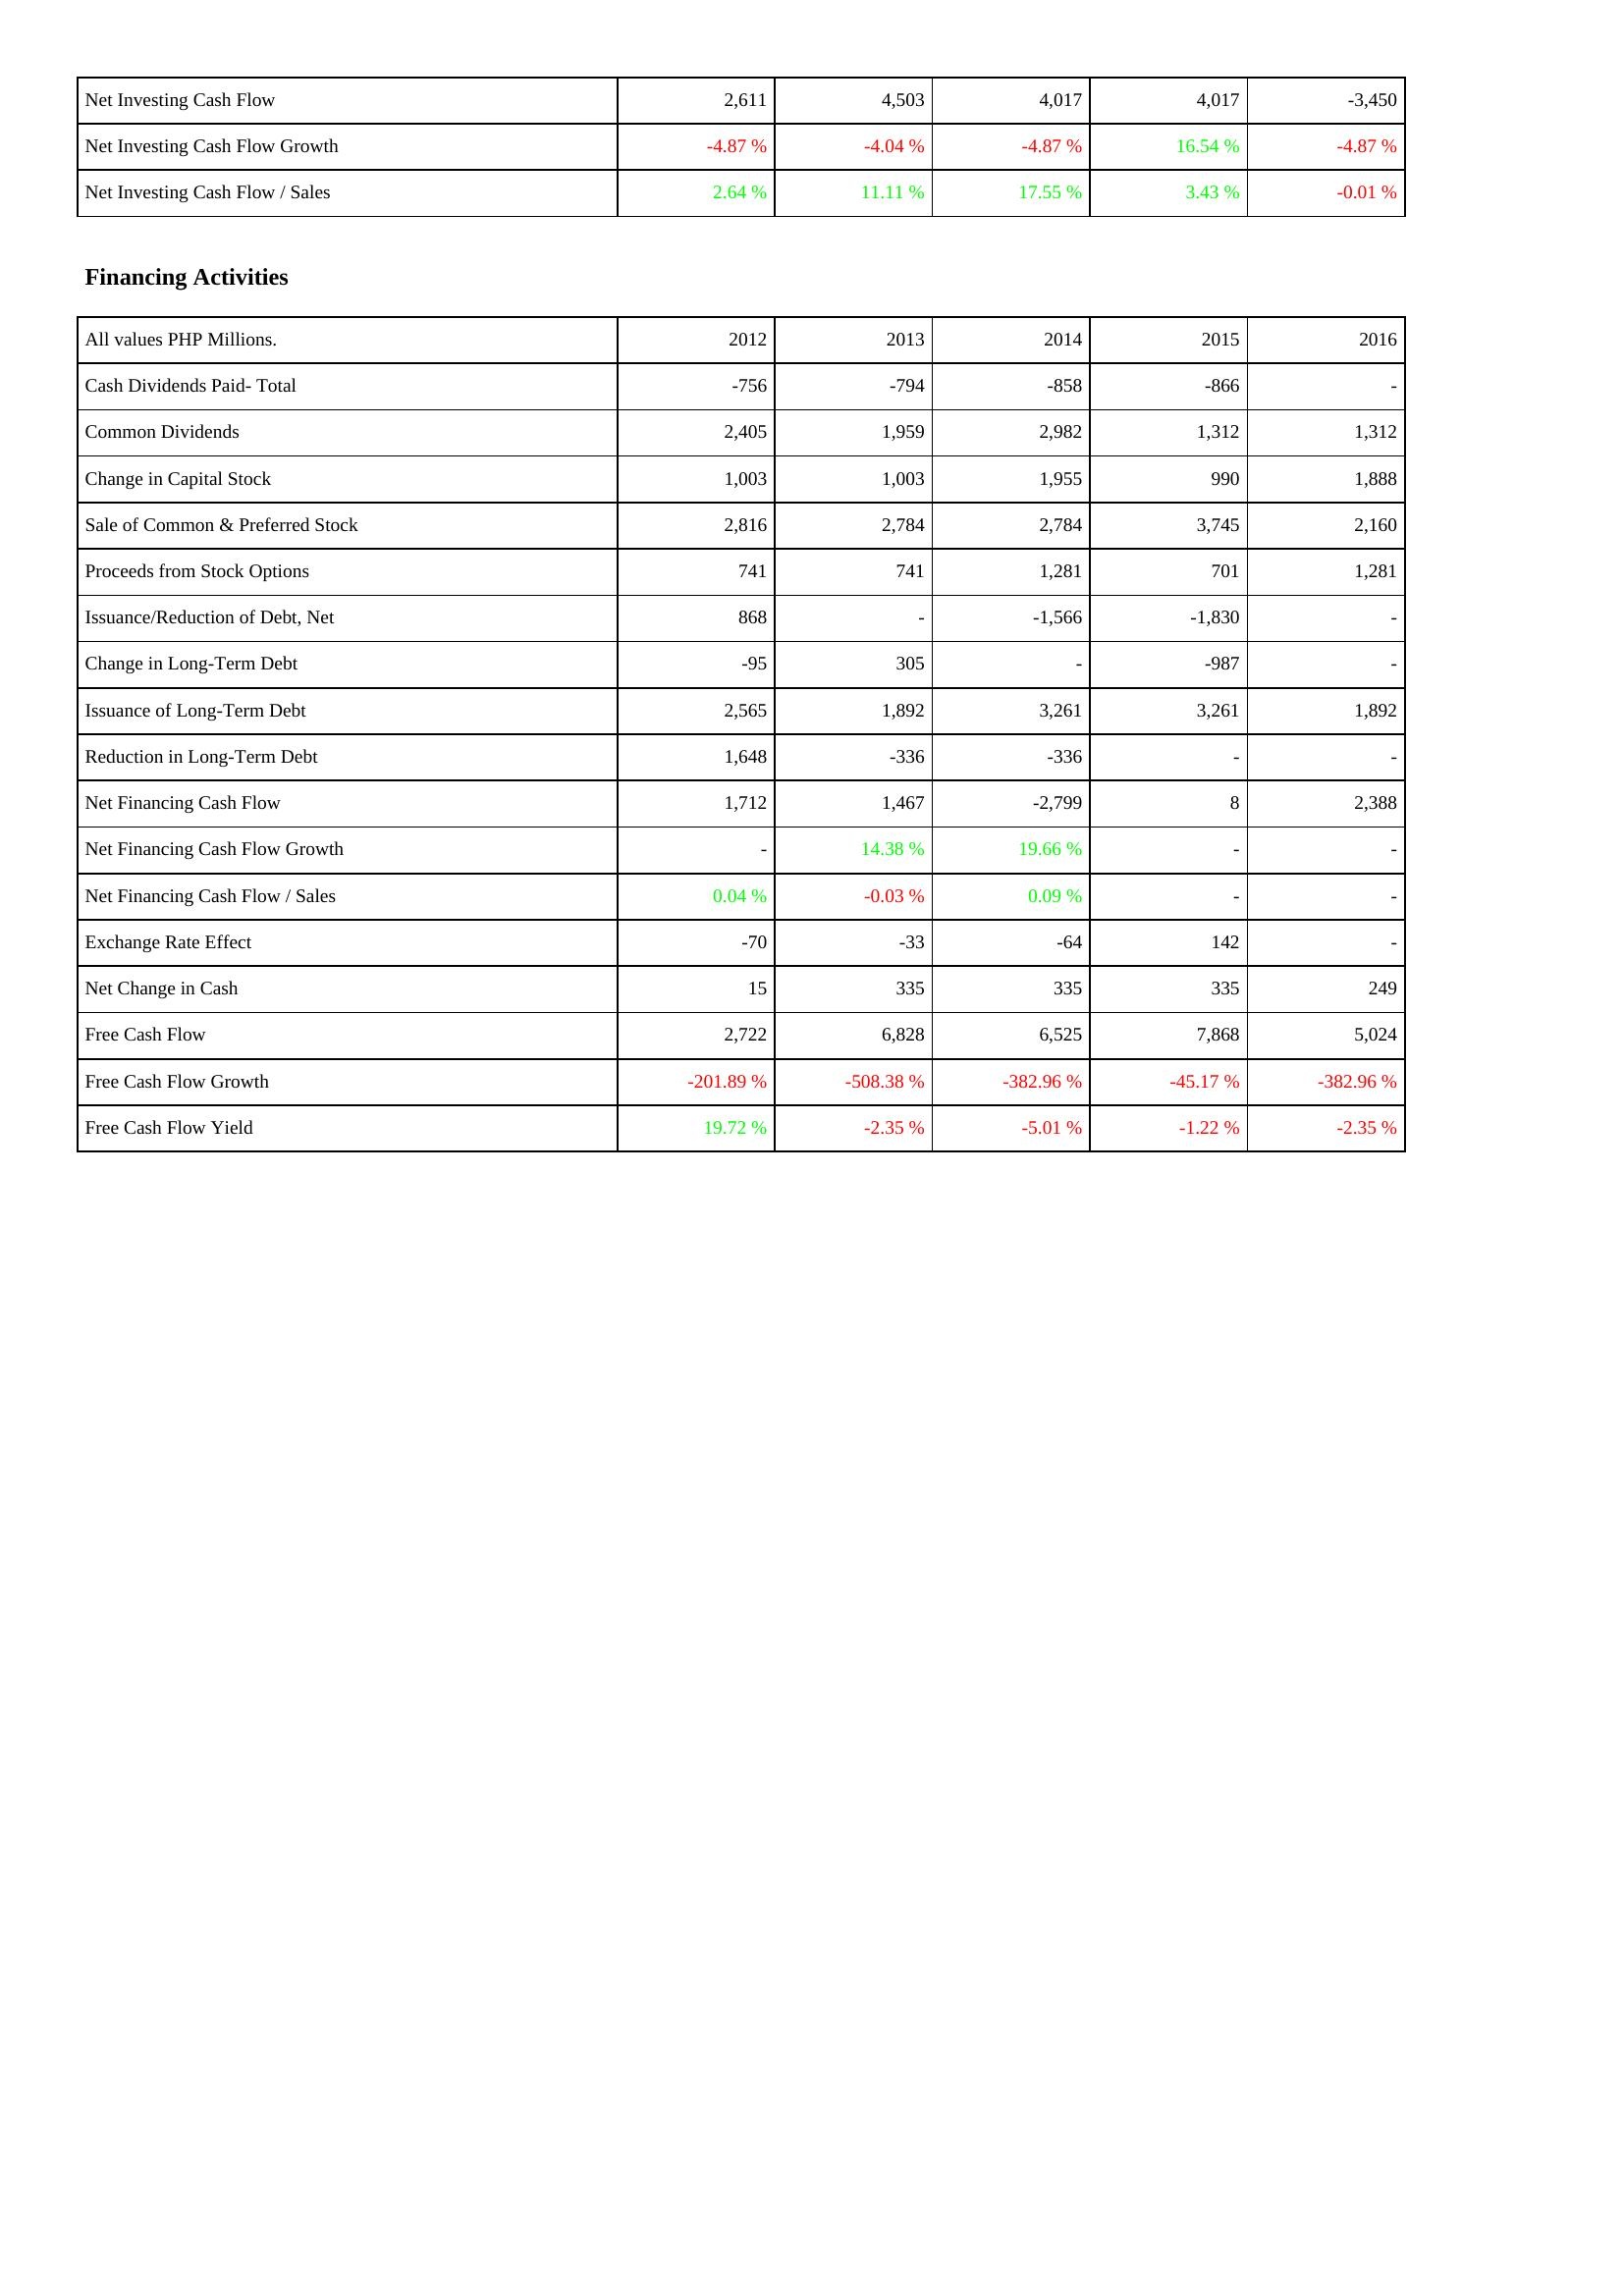
2012: Investing Activities: Net Investing Cash Flow: 2,611
Net Investing Cash Flow Growth: -4.87 %
Net Investing Cash Flow / Sales: 2.64 %
Financing Activities: Cash Dividends Paid- Total: -756
Common Dividends: 2,405
Change in Capital Stock: 1,003
Sale of Common & Preferred Stock: 2,816
Proceeds from Stock Options: 741
Issuance/Reduction of Debt, Net: 868
Change in Long-Term Debt: -95
Issuance of Long-Term Debt: 2,565
Reduction in Long-Term Debt: 1,648
Net Financing Cash Flow: 1,712
Net Financing Cash Flow Growth: -
Net Financing Cash Flow / Sales: 0.04 %
Exchange Rate Effect: -70
Net Change in Cash: 15
Free Cash Flow: 2,722
Free Cash Flow Growth: -201.89 %
Free Cash Flow Yield: 19.72 %
2013: Investing Activities: Net Investing Cash Flow: 4,503
Net Investing Cash Flow Growth: -4.04 %
Net Investing Cash Flow / Sales: 11.11 %
Financing Activities: Cash Dividends Paid- Total: -794
Common Dividends: 1,959
Change in Capital Stock: 1,003
Sale of Common & Preferred Stock: 2,784
Proceeds from Stock Options: 741
Issuance/Reduction of Debt, Net: -
Change in Long-Term Debt: 305
Issuance of Long-Term Debt: 1,892
Reduction in Long-Term Debt: -336
Net Financing Cash Flow: 1,467
Net Financing Cash Flow Growth: 14.38 %
Net Financing Cash Flow / Sales: -0.03 %
Exchange Rate Effect: -33
Net Change in Cash: 335
Free Cash Flow: 6,828
Free Cash Flow Growth: -508.38 %
Free Cash Flow Yield: -2.35 %
2014: Investing Activities: Net Investing Cash Flow: 4,017
Net Investing Cash Flow Growth: -4.87 %
Net Investing Cash Flow / Sales: 17.55 %
Financing Activities: Cash Dividends Paid- Total: -858
Common Dividends: 2,982
Change in Capital Stock: 1,955
Sale of Common & Preferred Stock: 2,784
Proceeds from Stock Options: 1,281
Issuance/Reduction of Debt, Net: -1,566
Change in Long-Term Debt: -
Issuance of Long-Term Debt: 3,261
Reduction in Long-Term Debt: -336
Net Financing Cash Flow: -2,799
Net Financing Cash Flow Growth: 19.66 %
Net Financing Cash Flow / Sales: 0.09 %
Exchange Rate Effect: -64
Net Change in Cash: 335
Free Cash Flow: 6,525
Free Cash Flow Growth: -382.96 %
Free Cash Flow Yield: -5.01 %
2015: Investing Activities: Net Investing Cash Flow: 4,017
Net Investing Cash Flow Growth: 16.54 %
Net Investing Cash Flow / Sales: 3.43 %
Financing Activities: Cash Dividends Paid- Total: -866
Common Dividends: 1,312
Change in Capital Stock: 990
Sale of Common & Preferred Stock: 3,745
Proceeds from Stock Options: 701
Issuance/Reduction of Debt, Net: -1,830
Change in Long-Term Debt: -987
Issuance of Long-Term Debt: 3,261
Reduction in Long-Term Debt: -
Net Financing Cash Flow: 8
Net Financing Cash Flow Growth: -
Net Financing Cash Flow / Sales: -
Exchange Rate Effect: 142
Net Change in Cash: 335
Free Cash Flow: 7,868
Free Cash Flow Growth: -45.17 %
Free Cash Flow Yield: -1.22 %
2016: Investing Activities: Net Investing Cash Flow: -3,450
Net Investing Cash Flow Growth: -4.87 %
Net Investing Cash Flow / Sales: -0.01 %
Financing Activities: Cash Dividends Paid- Total: -
Common Dividends: 1,312
Change in Capital Stock: 1,888
Sale of Common & Preferred Stock: 2,160
Proceeds from Stock Options: 1,281
Issuance/Reduction of Debt, Net: -
Change in Long-Term Debt: -
Issuance of Long-Term Debt: 1,892
Reduction in Long-Term Debt: -
Net Financing Cash Flow: 2,388
Net Financing Cash Flow Growth: -
Net Financing Cash Flow / Sales: -
Exchange Rate Effect: -
Net Change in Cash: 249
Free Cash Flow: 5,024
Free Cash Flow Growth: -382.96 %
Free Cash Flow Yield: -2.35 %